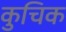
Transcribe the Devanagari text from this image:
कुचिक